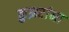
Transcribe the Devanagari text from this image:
क्रुझरांना